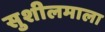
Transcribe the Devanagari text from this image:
सुशीलमाला